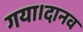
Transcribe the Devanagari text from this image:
गया।दानव